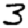
Digit: 3